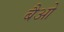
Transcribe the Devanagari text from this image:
बैओ